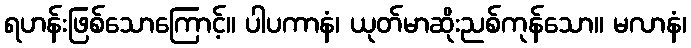
ရဟန်းဖြစ်သောကြောင့်။ ပါပကာနံ၊ ယုတ်မာဆိုးညစ်ကုန်သော။ မလာနံ၊